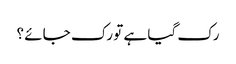
رک گیا ہے تو رک جائے ؟